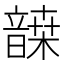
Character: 𩐷